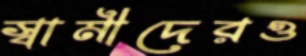
স্বামীদেরও